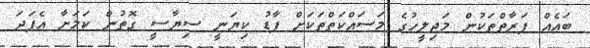
ބައެއް ފަރާތްތަކުން މަޖިލީހުގެ މަސައްކަތްތަކަށް ފާޑު ކިޔަނީ ސިޔާސީ ގޮތުން ކަމަށާ އެފަދަ